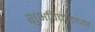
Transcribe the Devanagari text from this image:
शुभविचाराच्या